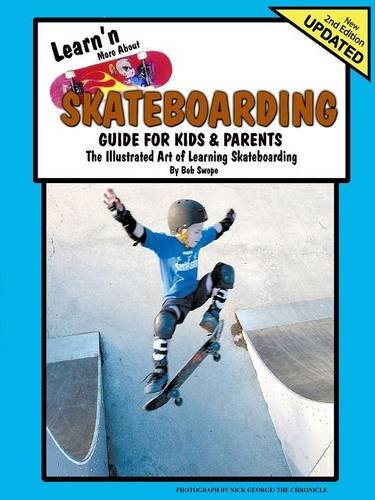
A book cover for Learn'n More About Skateboarding- Guide For Kids and Parents; Bob Swope; Sports & Outdoors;